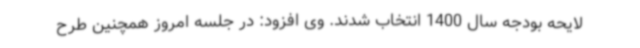
لایحه بودجه سال 1400 انتخاب شدند. وی افزود: در جلسه امروز همچنین طرح